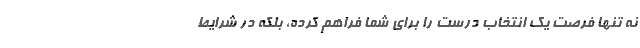
نه تنها فرصت یک انتخاب درست را برای شما فراهم کرده، بلکه در شرایط